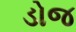
ડોજ